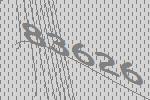
83626